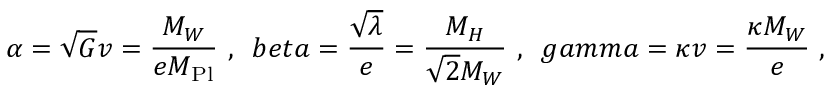
\alpha = \sqrt { G } v = \frac { M _ { W } } { e M _ { \mathrm { P l } } } \ , \ \, b e t a = \frac { \sqrt { \lambda } } { e } = \frac { M _ { H } } { \sqrt { 2 } M _ { W } } \ , \ \, g a m m a = \kappa v = \frac { \kappa M _ { W } } { e } \ ,